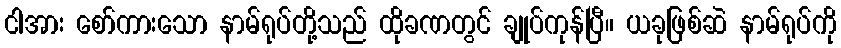
ငါအား စော်ကားသော နာမ်ရုပ်တို့သည် ထိုခဏတွင် ချုပ်ကုန်ပြီ။ ယခုဖြစ်ဆဲ နာမ်ရုပ်ကို